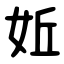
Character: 㚱